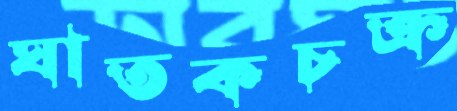
ঘাতকচক্র